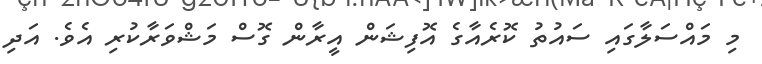
މި މައްސަލާގައި ސައުތު ކޮރެއާގެ އޮފިޝަން އީރާން ގޮސް މަޝްވަރާކުރި އެވެ. އަދި